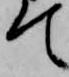
て